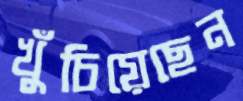
খুঁচিয়েছেন